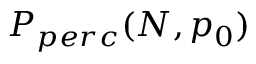
P _ { p e r c } ( N , p _ { 0 } )